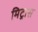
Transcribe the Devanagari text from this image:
मिट्रास